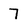
Character: 7